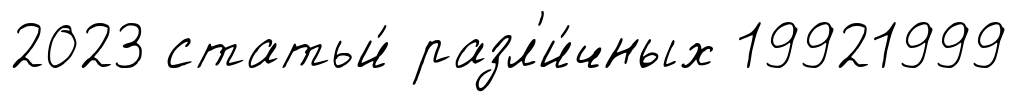
2023 статьи́ разл'и́чных 19921999